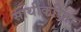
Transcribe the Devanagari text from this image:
साथीकरिता